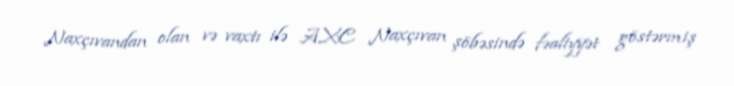
Naxçıvandan olan və vaxtı ilə AXC Naxçıvan şöbəsində fəaliyyət göstərmiş